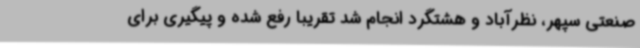
صنعتی سپهر، نظرآباد و هشتگرد انجام شد تقریباً رفع شده و پیگیری برای